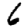
Digit: 6